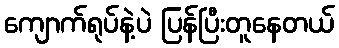
ကျောက်ရုပ်နဲ့ပဲ ပြန်ပြီးတူနေတယ်